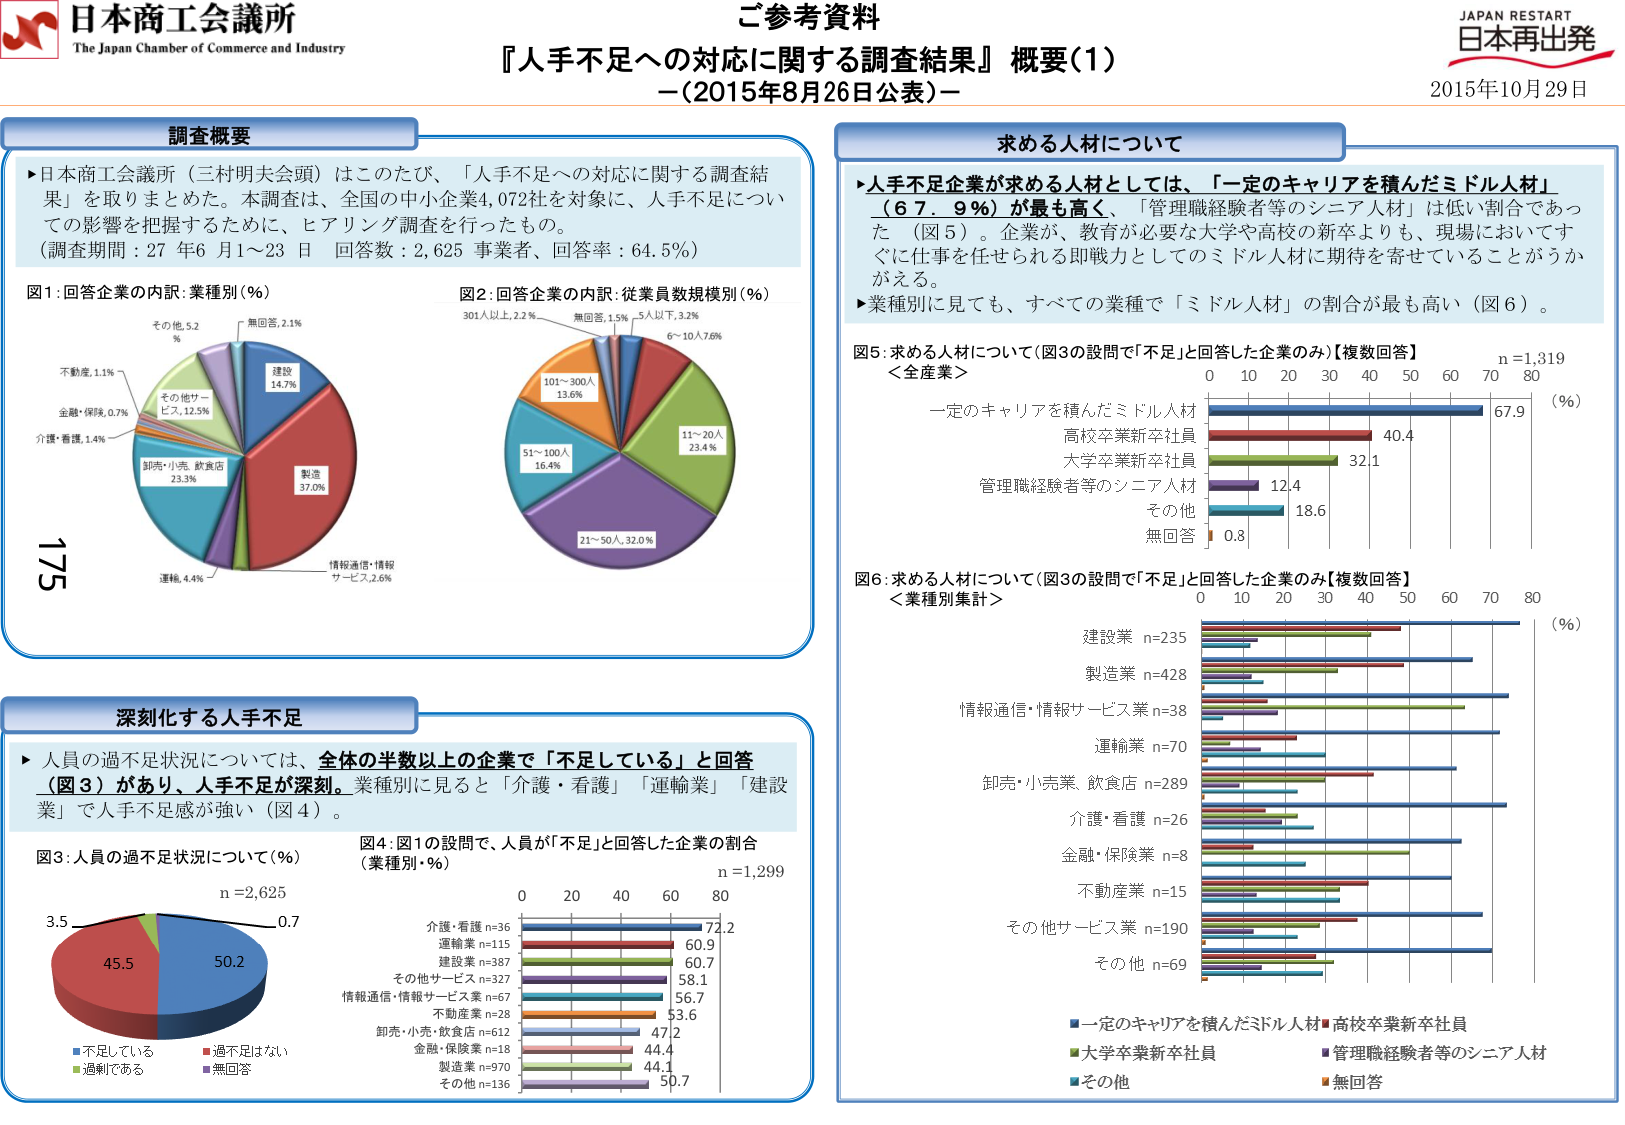
日本商工会議所
The Japan Chamber of Commerce and Industry

ご参考資料
『人手不足への対応に関する調査結果』概要（1）
－（2015年8月26日公表）－
2015年10月29日
JAPAN RESTART
日本再出発

調査概要
▶日本商工会議所（三村明夫会頭）はこのたび、「人手不足への対応に関する調査結果」を取りまとめた。本調査は、全国の中小企業4,072社を対象に、人手不足についての影響を把握するために、ヒアリング調査を行ったもの。
（調査期間：27年6月1～23日 回答数：2,625事業者、回答率：64.5％）

図1：回答企業の内訳：業種別（％）
製造 37.0％
卸売・小売・飲食店 23.3％
情報通信・情報サービス 2.6％
運輸 4.4％
介護・看護 1.4％
金融・保険 0.7％
不動産 1.1％
その他サービス 12.5％
その他 5.2％
無回答 2.1％
建設 14.7％

図2：回答企業の内訳：従業員数規模別（％）
301人以上 2.2％
無回答 1.5％
5人以下 3.2％
6～10人 7.6％
11～20人 23.4％
21～50人 32.0％
51～100人 16.4％
101～300人 13.6％

求める人材について
▶人手不足企業が求める人材としては、「一定のキャリアを積んだミドル人材」（67.9％）が最も高く、「管理職経験者等のシニア人材」は低い割合であった（図5）。企業が、教育が必要な大学や高校の新卒よりも、現場においてすぐに仕事を任せられる即戦力としてのミドル人材に期待を寄せていることがうかがえる。
▶業種別に見ても、すべての業種で「ミドル人材」の割合が最も高い（図6）。

図5：求める人材について（図3の設問で「不足」と回答した企業のみ）【複数回答】
＜全産業＞
n=1,319
（％）
一定のキャリアを積んだミドル人材 67.9
高校卒業新卒社員 40.4
大学卒業新卒社員 32.1
管理職経験者等のシニア人材 12.4
その他 18.6
無回答 0.8

図6：求める人材について（図3の設問で「不足」と回答した企業のみ）【複数回答】
＜業種別集計＞
（％）
建設業 n=235
製造業 n=428
情報通信・情報サービス業 n=38
運輸業 n=70
卸売・小売業、飲食店 n=289
介護・看護 n=26
金融・保険業 n=8
不動産業 n=15
その他サービス業 n=190
その他 n=69

■一定のキャリアを積んだミドル人材
■高校卒業新卒社員
■大学卒業新卒社員
■管理職経験者等のシニア人材
■その他
■無回答

深刻化する人手不足
▶人員の過不足状況については、全体の半数以上の企業で「不足している」と回答（図3）があり、人手不足が深刻。業種別に見ると「介護・看護」「運輸業」「建設業」で人手不足感が強い（図4）。

図3：人員の過不足状況について（％）
n=2,625
不足している 50.2
過不足はない 45.5
過剰である 3.5
無回答 0.7

図4：図1の設問で、人員が「不足」と回答した企業の割合（業種別・％）
n=1,299
介護・看護 n=36 72.2
運輸業 n=115 60.9
建設業 n=387 60.7
その他サービス業 n=327 58.1
情報通信・情報サービス業 n=67 56.7
不動産業 n=28 53.6
卸売・小売・飲食店 n=612 47.2
金融・保険業 n=18 44.4
製造業 n=970 44.1
その他 n=136 50.7

175